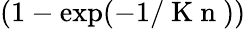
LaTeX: (1-\exp(-1/\mathrm{~K~n~}))